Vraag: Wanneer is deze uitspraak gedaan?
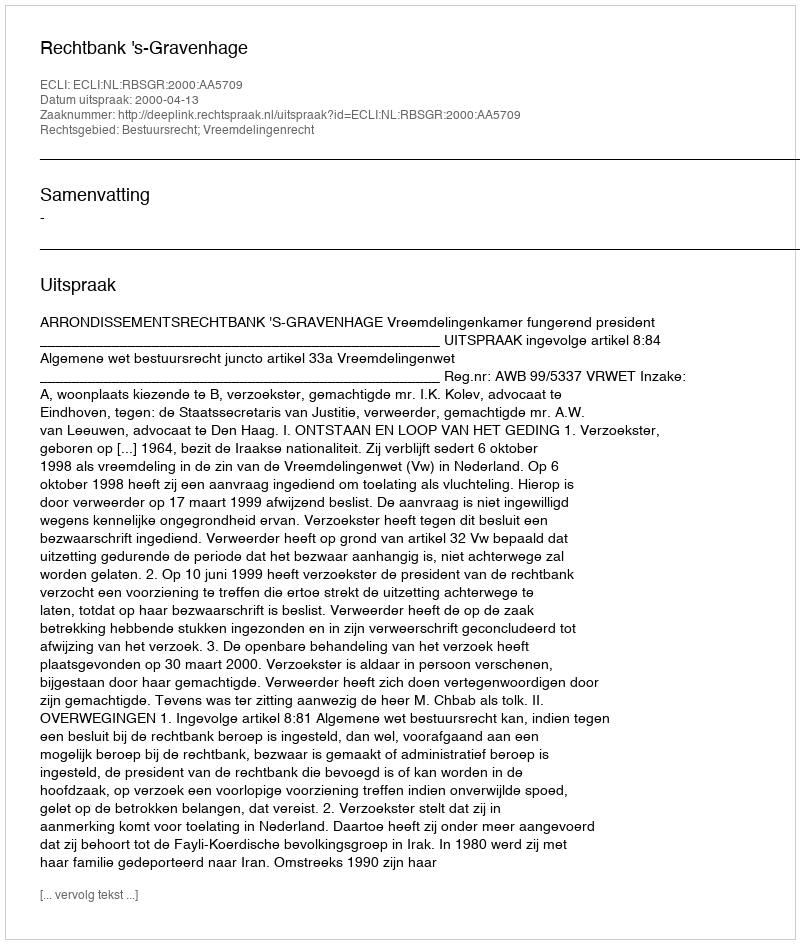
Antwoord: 2000-04-13